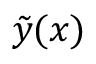
\tilde { y } ( x )